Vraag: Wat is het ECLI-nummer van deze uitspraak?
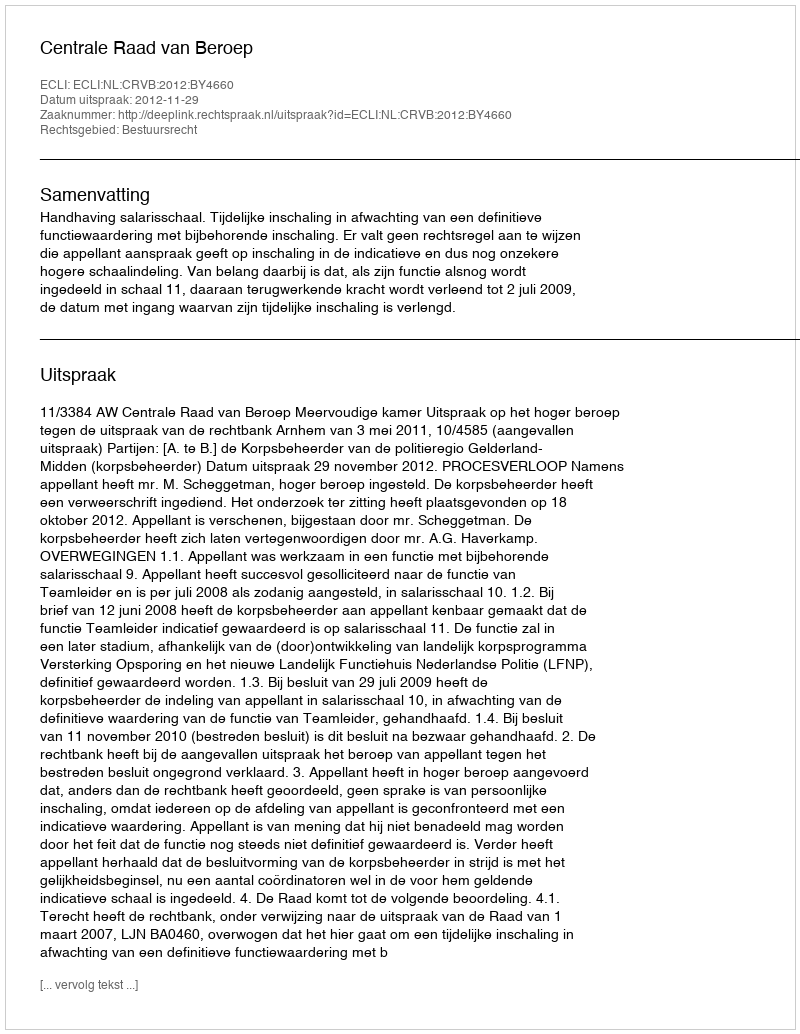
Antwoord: ECLI:NL:CRVB:2012:BY4660